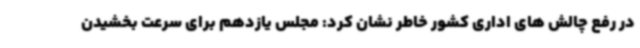
در رفع چالش های اداری کشور خاطر نشان کرد: مجلس یازدهم برای سرعت بخشیدن